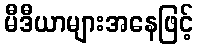
မီဒီယာများအနေဖြင့်